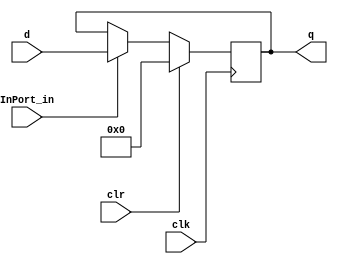
module In_Port #(parameter VAL = 0)(input clk, clr, InPort_in, input [31:0] d, output reg [31:0] q);

initial q <= VAL;

always @ (posedge clk)
begin
	if (clr) begin
		 q <= 32'b0;
	end else if (InPort_in) begin
		 q <= d;
	end
end

endmodule